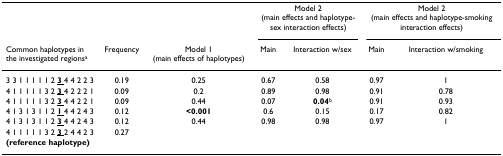
<table><thead><tr><td></td><td></td><td></td><td colspan="2"><b>Model 2 (main effects and haplotype-sex interaction effects)</b></td><td colspan="2"><b>Model 2 (main effects and haplotype-smoking interaction effects)</b></td></tr><tr><td><b>Common haplotypes in the investigated regions<sup>a</sup></b></td><td><b>Frequency</b></td><td><b>Model 1 (main effects of haplotypes)</b></td><td><b>Main</b></td><td><b>Interaction w/sex</b></td><td><b>Main</b></td><td><b>Interaction w/smoking</b></td></tr></thead><tbody><tr><td>3 3 1 1 1 1 1 2 <underline><b>3 </b></underline>4 4 2 2 3</td><td>0.19</td><td>0.25</td><td>0.67</td><td>0.58</td><td>0.97</td><td>1</td></tr><tr><td>4 1 1 1 1 1 3 2 <underline><b>3 </b></underline>4 2 2 2 1</td><td>0.09</td><td>0.2</td><td>0.89</td><td>0.98</td><td>0.91</td><td>0.78</td></tr><tr><td>4 1 1 1 1 1 3 2 <underline><b>3 </b></underline>4 4 2 2 1</td><td>0.09</td><td>0.44</td><td>0.07</td><td><b>0.04</b><sup>b</sup></td><td>0.91</td><td>0.93</td></tr><tr><td>4 1 3 1 3 1 1 2 <underline><b>1 </b></underline>4 4 2 4 3</td><td>0.12</td><td><b>&lt;0.001</b></td><td>0.6</td><td>0.15</td><td>0.17</td><td>0.82</td></tr><tr><td>4 1 3 1 3 1 1 2 <underline><b>3 </b></underline>4 4 2 4 3</td><td>0.12</td><td>0.44</td><td>0.98</td><td>0.98</td><td>0.97</td><td>1</td></tr><tr><td>4 1 1 1 1 1 3 2 <underline><b>3 </b></underline>2 4 4 2 3</td><td>0.27</td><td></td><td></td><td></td><td></td><td></td></tr><tr><td><b>(reference haplotype)</b></td><td></td><td></td><td></td><td></td><td></td><td></td></tr></tbody></table>